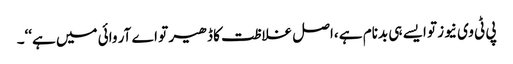
پی ٹی وی نیوز تو ایسے ہی بدنام ہے ،اصل غلاظت کا ڈھیر تو اے آر وائی میں ہے‘‘۔